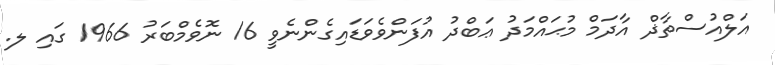
އަލްއުސްތާޛް އާދަމް މުޙައްމަދު ޢަބްދު އުފަންވެވަޑައިގެންނެވީ 16 ނޮވެމްބަރު 1966 ގައި ލ.